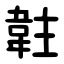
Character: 䪒